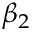
\beta _ { 2 }